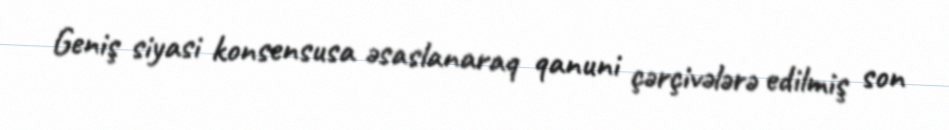
Geniş siyasi konsensusa əsaslanaraq qanuni çərçivələrə edilmiş son